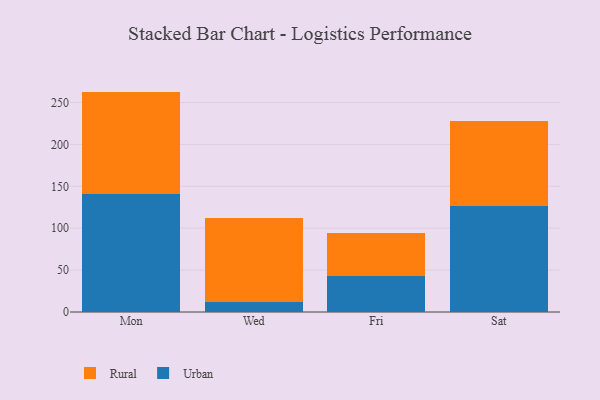
{"axis": {"x": "Day", "y": "Temperature (°C)"}, "legend": ["Rural", "Urban"], "data": [{"x": "Mon", "y": 140.7, "type": "Urban"}, {"x": "Mon", "y": 122.3, "type": "Rural"}, {"x": "Wed", "y": 11.4, "type": "Urban"}, {"x": "Wed", "y": 100.6, "type": "Rural"}, {"x": "Fri", "y": 42.4, "type": "Urban"}, {"x": "Fri", "y": 51.6, "type": "Rural"}, {"x": "Sat", "y": 126.8, "type": "Urban"}, {"x": "Sat", "y": 101.7, "type": "Rural"}]}